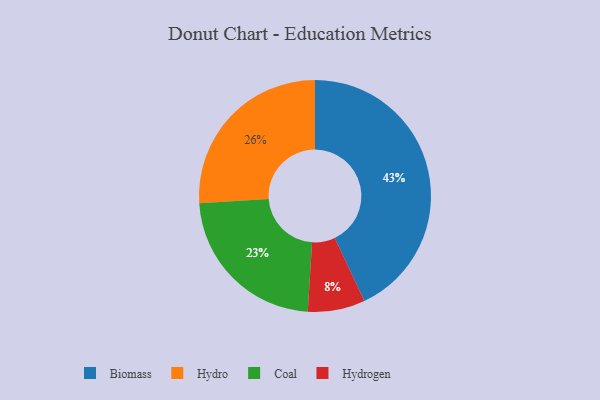
{"axis": {"x": "Category", "y": "Percentage"}, "legend": ["Biomass", "Coal", "Hydro", "Hydrogen"], "data": [{"x": "Hydrogen", "y": 8, "type": "Hydrogen"}, {"x": "Hydro", "y": 26, "type": "Hydro"}, {"x": "Coal", "y": 23, "type": "Coal"}, {"x": "Biomass", "y": 43, "type": "Biomass"}]}